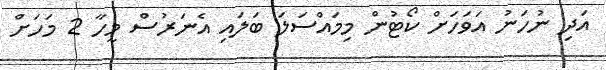
އަދި ނުހަނު އަވަހަށް ކޯޓުން މިމައްސަލަ ބަލައި އެނަރުސް މީހާ 2 މަހަށް